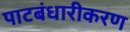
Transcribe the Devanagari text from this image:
पाटबंधारीकरण